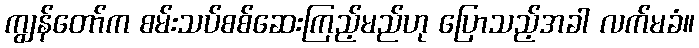
ကျွန်တော်က စမ်းသပ်စစ်ဆေးကြည့်မည်ဟု ပြောသည့်အခါ လက်မခံ။